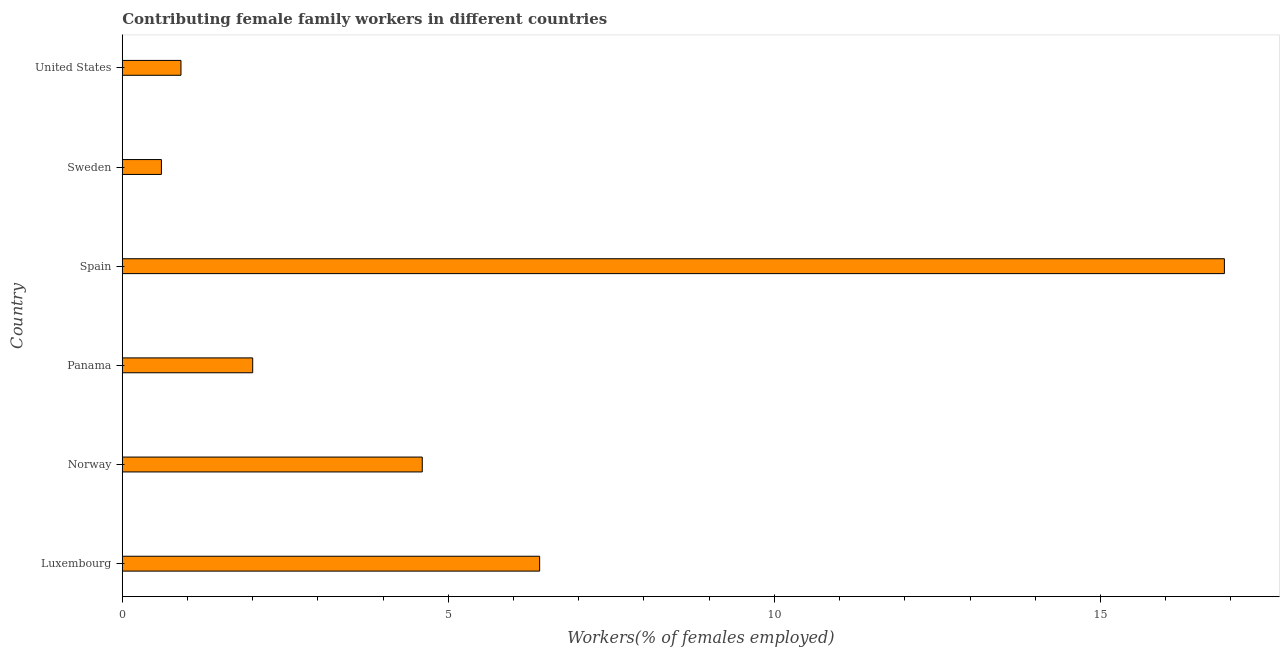
| Country | Contributing family workers |
 | --- | --- |
 | Luxembourg | 6.4 |
 | Norway | 4.6 |
 | Panama | 2 |
 | Spain | 16.9 |
 | Sweden | 0.6 |
 | United States | 0.9 |